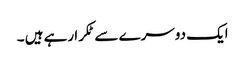
ایک دوسرے سے ٹکرا رہے ہیں ۔